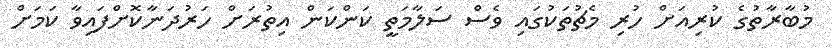
މުބާރާތުގެ ކުރިއަށް ހުރި މެޗުތަކުގައި ވެސް ސަލާމަތީ ކަންކަން އިތުރަށް ހަރުދަނާކޮށްފައިވާ ކަމަށް